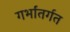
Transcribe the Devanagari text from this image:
गर्भांतर्गत